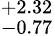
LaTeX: ^{+2.32}_{-0.77}